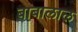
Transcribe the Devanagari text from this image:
बाबालाल